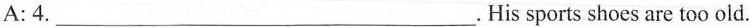
A: 4. ___.His sports shoes are too old.